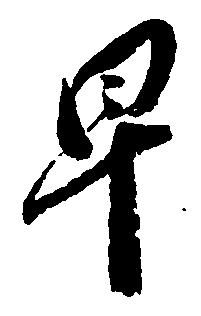
早